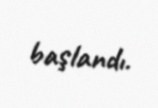
başlandı.